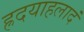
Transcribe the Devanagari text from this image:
ह्रदयाहलादं